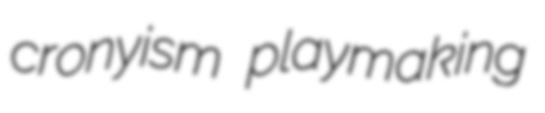
cronyism playmaking